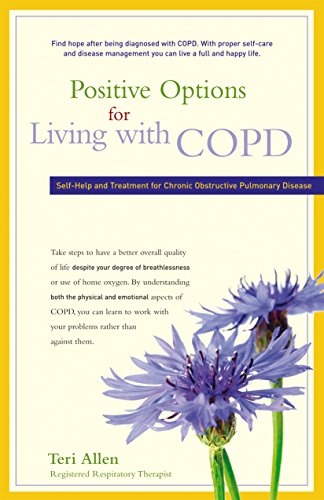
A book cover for Positive Options for Living with COPD: Self-Help and Treatment for Chronic Obstructive Pulmonary Disease (Positive Options for Health); Teri Allen; Health, Fitness & Dieting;